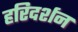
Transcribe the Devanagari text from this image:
हरिदर्शन